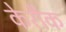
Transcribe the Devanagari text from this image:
केरौक